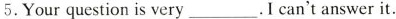
5.Your question is very___. I can't answer it.